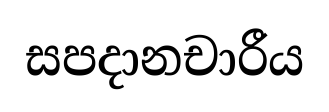
සපදානචාරීය